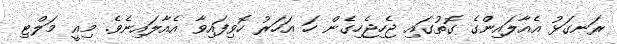
ރަނގަޅު އެއާލައިންގެ ގޮތުގައި ޖެހިޖެހިގެން ހަ އަހަރު ހޮވިފައިވާ އެއާލައިނެވެ. މިއީ މަލްޓި